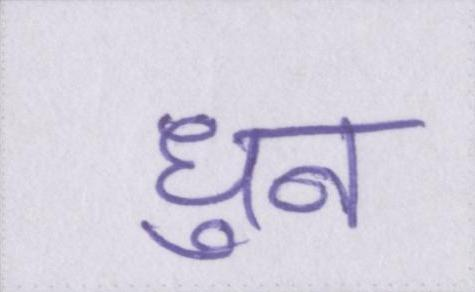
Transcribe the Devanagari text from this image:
धुन